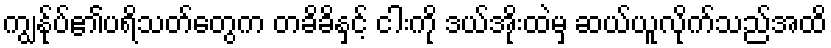
ကျွန်ုပ်၏ပရိသတ်တွေက တခိခိနှင့် ငါးကို ဒယ်အိုးထဲမှ ဆယ်ယူလိုက်သည်အထိ